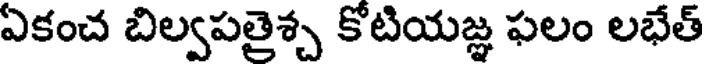
ఏకంచ బిల్వపతైశ్చ కోటియజ్ఞ ఫలం లభేత్